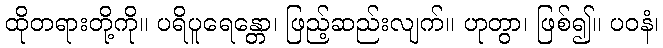
ထိုတရားတို့ကို။ ပရိပူရေန္တော၊ ဖြည့်ဆည်းလျက်။ ဟုတွာ၊ ဖြစ်၍။ ပဝနံ၊